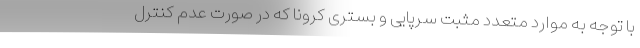
با توجه به موارد متعدد مثبت سرپایی و بستری کرونا که در صورت عدم کنترل